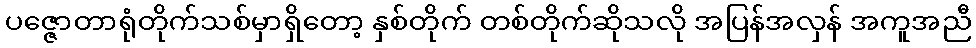
ပဇ္ဇောတာရုံတိုက်သစ်မှာရှိတော့ နှစ်တိုက် တစ်တိုက်ဆိုသလို အပြန်အလှန် အကူအညီ